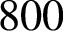
8 0 0